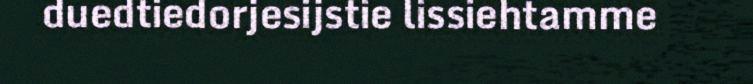
duedtiedorjesijstie lissiehtamme